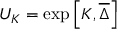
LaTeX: U _ { K } = \exp \left[ K , \overline { { { \Delta } } } \right]